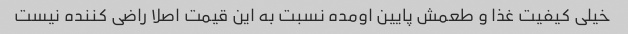
خیلی کیفیت غذا و طعمش پایین اومده نسبت به این قیمت اصلا راضی کننده نیست